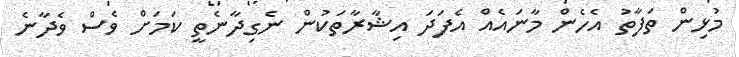
މުޅިން ތަފާތު އެހެން މާނައެއް އެފަދަ އިޝާރާތަކުން ނެގިދާނެތީ ކަމަށް ވެސް ވެދާނެ